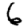
Digit: 6